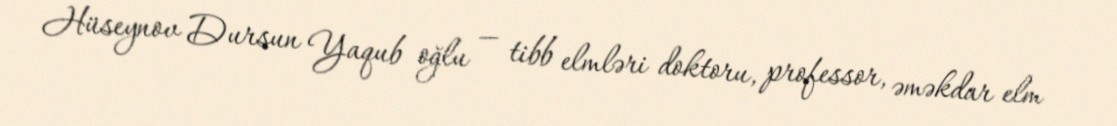
Hüseynov Dursun Yaqub oğlu — tibb elmləri doktoru, professor, əməkdar elm